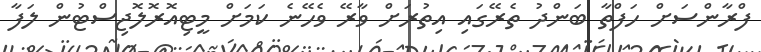
ފްރާންސަށް ހަފްތާ ބަންދު ތެރޭގައި އިތުރަށް ވާރޭ ވެހޭނެ ކަމަށް މީޓިއޮރޮލޮޖިސްޓުން ލަފާ